Leaving Certificate, 1937
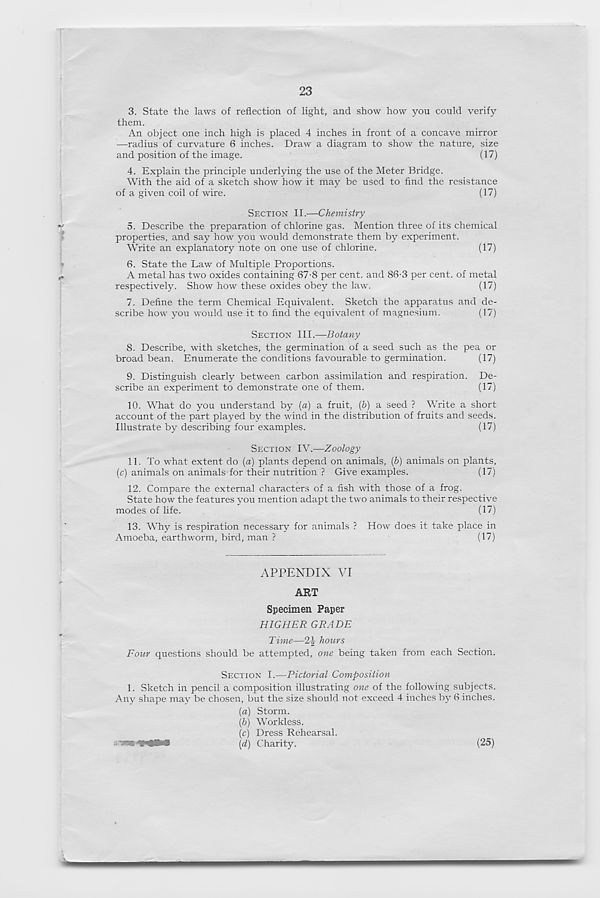
23
3. State the laws of reflection of light, and show how you could verify
them.
An object one inch high is placed 4 inches in front of a concave mirror
—radius of curvature 6 inches. Draw a diagram to show the nature, size
and position of the image.
(17)
4. Explain the principle underlying the use of the Meter Bridge.
With the aid of a sketch show how it may be used to find the resistance
of a given coil of wire.
(17)
SECTION II.—Chemistry
5. Describe the preparation of chlorine gas. Mention three of its chemical
properties, and say how you would demonstrate them by experiment.
Write an explanatory note on one use of chlorine.
(17)
6. State the Law of Multiple Proportions.
A metal has two oxides containing 67-8 per cent, and 86-3 per cent, of metal
respectively. Show how these oxides obey the law.
(17)
7. Define the term Chemical Equivalent. Sketch the apparatus and de-
scribe how you would use it to find the equivalent of magnesium.
(17)
SECTION III.—Botany
8. Describe, with sketches, the germination of a seed such as the pea or
broad bean. Enumerate the conditions favourable to germination.
(17)
9. Distinguish clearly between carbon assimilation and respiration. De-
scribe an experiment to demonstrate one of them.
(17)
10. What do you understand by (a) a fruit, (6) a seed ? Write a short
account of the part played by the wind in the distribution of fruits and seeds.
Illustrate by describing four examples.
(17)
SECTION IV.—Zoology
11. To what extent do (a) plants depend on animals, (6) animals on plants,
(c) animals on animals for their nutrition ? Give examples.
(17)
12. Compare the external characters of a fish with those of a frog.
State how the features you mention adapt the two animals to their respective
modes of life.
(17)
13. Why is respiration necessary for animals ? How does it take place in
Amoeba, earthworm, bird, man ?
(17)
APPENDIX VI
AET
Specimen Paper
HIGHER GRADE
Time—2-| hours
Four questions should be attempted, one being taken from each Section.
SECTION I.—Pictorial Composition
1. Sketch in pencil a composition illustrating one of the following subjects.
Any shape may be chosen, but the size should not exceed 4 inches by 6 inches.
(а) Storm.
(б) Workless.
(c) Dress Rehearsal.
\d) Charity.
(25)